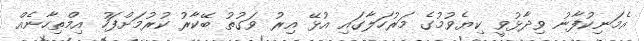
އެމަނިކުފާނު ވިދާޅުވީ ކިޔެވުމުގެ މަރުހަލާގައި އުޅޭ އިރު ވަގުތު ބޭކާރު ކުރުމަށްފަހު އިމްތިހާނެއް